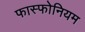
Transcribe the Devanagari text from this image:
फास्फोनियम